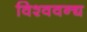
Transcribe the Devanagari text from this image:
विश्ववन्द्य